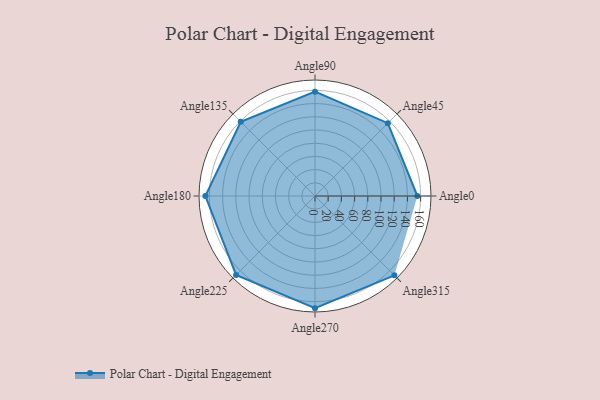
{"axis": {"x": "Angle", "y": "Radius"}, "legend": [""], "data": [{"x": "Angle0", "y": 155.0, "type": ""}, {"x": "Angle45", "y": 156.0, "type": ""}, {"x": "Angle90", "y": 158.0, "type": ""}, {"x": "Angle135", "y": 159.0, "type": ""}, {"x": "Angle180", "y": 166.0, "type": ""}, {"x": "Angle225", "y": 169.0, "type": ""}, {"x": "Angle270", "y": 170, "type": ""}, {"x": "Angle315", "y": 170, "type": ""}]}